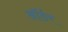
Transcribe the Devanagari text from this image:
ऑर्ङर